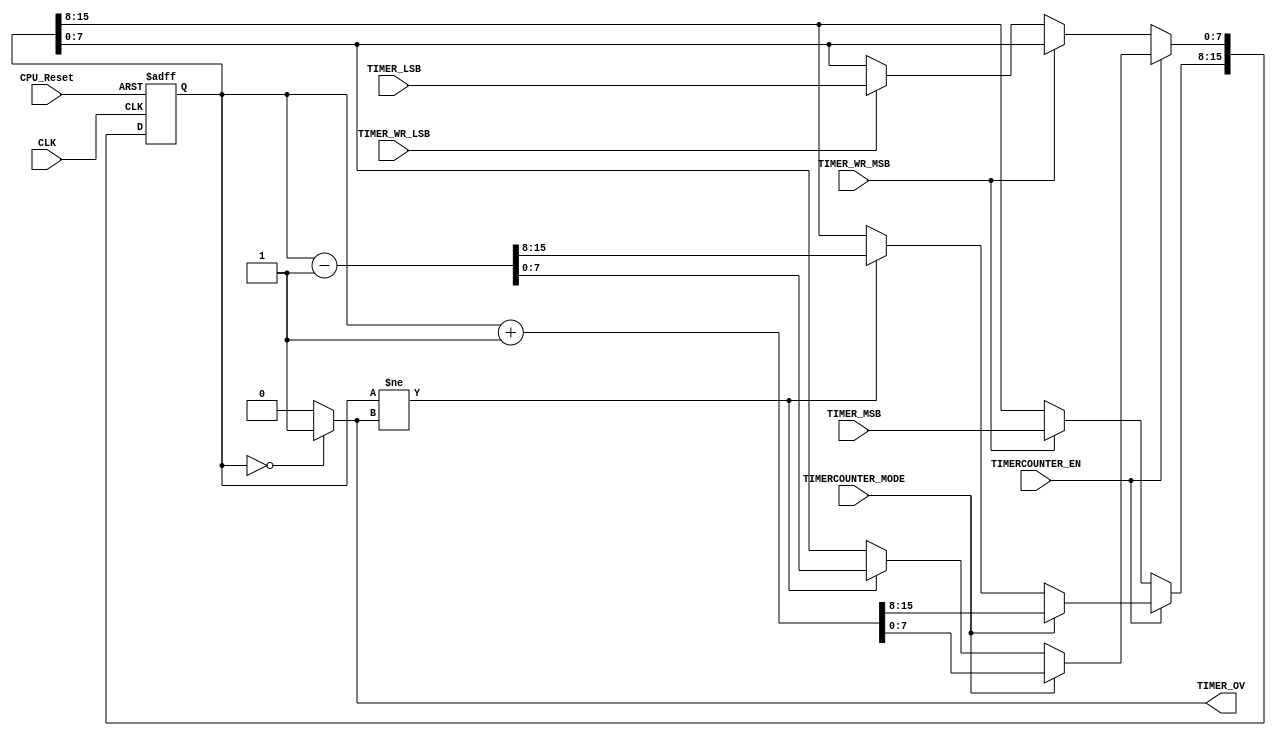
module TIMERCOUNTER_UNIT
(
	input wire 				CLK,
	input wire 				CPU_Reset,
	
	input wire			 	TIMER_WR_MSB,
	input wire [7:0] 	TIMER_MSB,
	
	input wire			 	TIMER_WR_LSB,
	input wire [7:0] 	TIMER_LSB,
	
	input wire 				TIMERCOUNTER_EN,
	input wire 				TIMERCOUNTER_MODE,
	
	output wire 			TIMER_OV
);

reg [15:0] _TIMER_COUNTER;

assign TIMER_OV = (_TIMER_COUNTER == 16'h0000) ? 1'b1 : 1'b0;

always @(posedge CLK or posedge CPU_Reset)
begin
	if(CPU_Reset)
	begin
		_TIMER_COUNTER 	 <= 0;
	end	
	else if(TIMERCOUNTER_EN)
	begin
		if(TIMERCOUNTER_MODE)
			begin
				_TIMER_COUNTER <= _TIMER_COUNTER + 1'b1;
			end
		else if(_TIMER_COUNTER != TIMER_OV)
			_TIMER_COUNTER <= _TIMER_COUNTER - 1'b1;
	end
	else if(TIMER_WR_MSB)
		_TIMER_COUNTER[15:8] <= TIMER_MSB;
	else if(TIMER_WR_LSB)
		_TIMER_COUNTER[ 7:0] <= TIMER_LSB;
end

endmodule